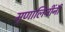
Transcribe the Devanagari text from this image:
मृणालिनींनी